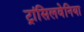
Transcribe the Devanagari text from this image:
ट्रांसिलवेनिया